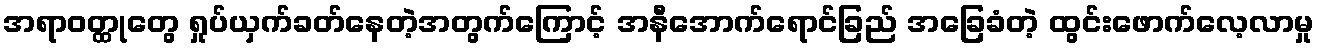
အရာဝတ္ထုတွေ ရှုပ်ယှက်ခတ်နေတဲ့အတွက်ကြောင့် အနီအောက်ရောင်ခြည် အခြေခံတဲ့ ထွင်းဖောက်လေ့လာမှု